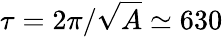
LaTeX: \tau=2\pi/\sqrt{A}\simeq 630